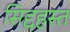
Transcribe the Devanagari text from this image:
सिद्दहस्त